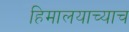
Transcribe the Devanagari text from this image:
हिमालयाच्याच